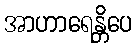
အာဟာရေန္တိပေ